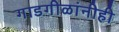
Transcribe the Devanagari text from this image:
गाडगीळांनीही